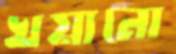
খয়ানো